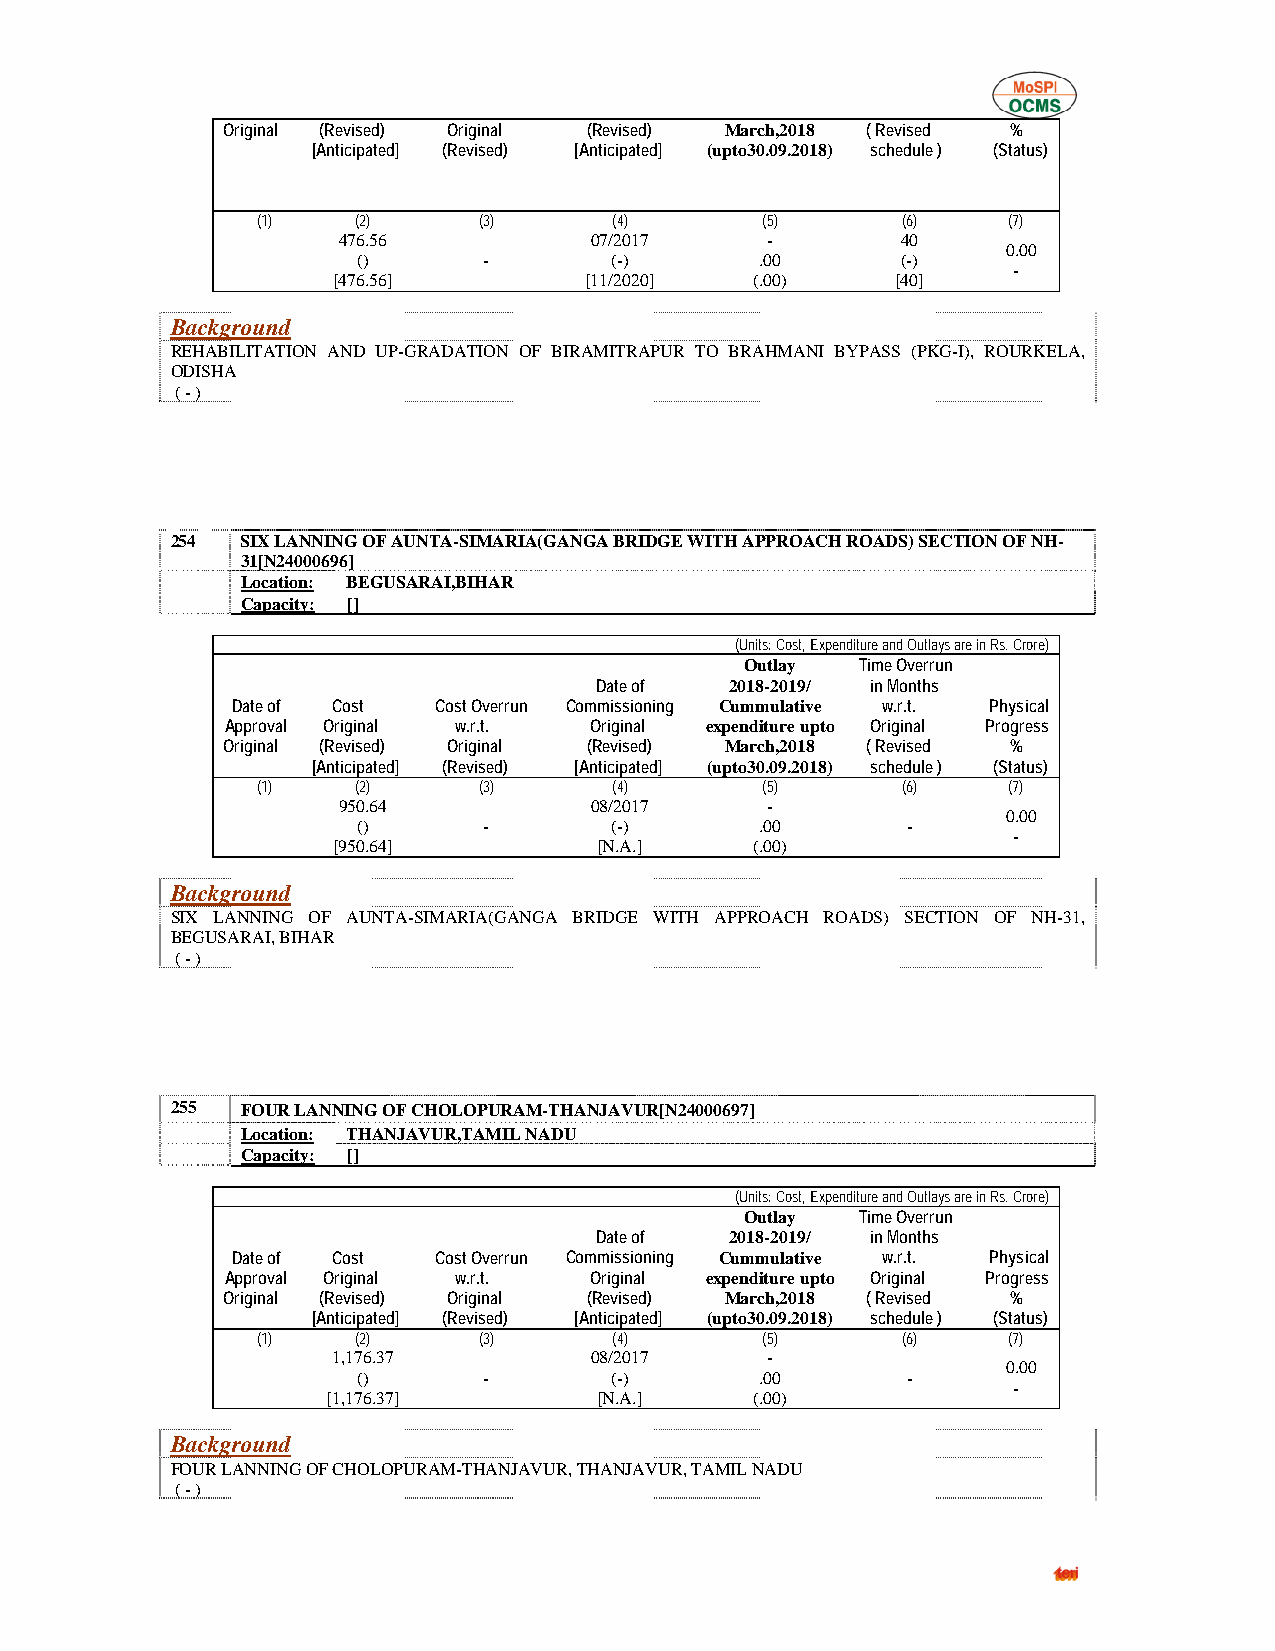
Original (Revised) Original (Revised) March,2018 ( Revised %
 [Anticipated] (Revised) [Anticipated] (upto30.09.2018) schedule ) (Status)
 (1)    (2)     (3)      (4)      (5)       (6)    (7)
 476.56           07/2017     -        40
 0.00
 ()      -       (-)       .00       (-)
 -
 [476.56]         [11/2020]  (.00)    [40]
 Background
 REHABILITATION AND UP-GRADATION OF BIRAMITRAPUR TO BRAHMANI BYPASS (PKG-I), ROURKELA,
 ODISHA
 ( - )
 254  SIX LANNING OF AUNTA-SIMARIA(GANGA BRIDGE WITH APPROACH ROADS) SECTION OF NH-
 31[N24000696]
 Location: BEGUSARAI,BIHAR
 Capacity: []
 (Units: Cost, Expenditure and Outlays are in Rs. Crore)
 Outlay  Time Overrun
 Date of  2018-2019/ in Months
 Date of Cost  Cost Overrun Commissioning Cummulative w.r.t. Physical
 Approval Original w.r.t. Original expenditure upto Original Progress
 Original (Revised) Original (Revised) March,2018 ( Revised %
 [Anticipated] (Revised) [Anticipated] (upto30.09.2018) schedule ) (Status)
 (1)    (2)     (3)      (4)      (5)       (6)    (7)
 950.64           08/2017     -
 0.00
 ()      -       (-)       .00       -
 -
 [950.64]          [N.A.]    (.00)
 Background
 SIX LANNING OF AUNTA-SIMARIA(GANGA BRIDGE WITH APPROACH ROADS) SECTION OF NH-31,
 BEGUSARAI, BIHAR
 ( - )
 255  FOUR LANNING OF CHOLOPURAM-THANJAVUR[N24000697]
 Location: THANJAVUR,TAMIL NADU
 Capacity: []
 (Units: Cost, Expenditure and Outlays are in Rs. Crore)
 Outlay  Time Overrun
 Date of  2018-2019/ in Months
 Date of Cost  Cost Overrun Commissioning Cummulative w.r.t. Physical
 Approval Original w.r.t. Original expenditure upto Original Progress
 Original (Revised) Original (Revised) March,2018 ( Revised %
 [Anticipated] (Revised) [Anticipated] (upto30.09.2018) schedule ) (Status)
 (1)    (2)     (3)      (4)      (5)       (6)    (7)
 1,176.37         08/2017     -
 0.00
 ()      -       (-)       .00       -
 -
 [1,176.37]        [N.A.]    (.00)
 Background
 FOUR LANNING OF CHOLOPURAM-THANJAVUR, THANJAVUR, TAMIL NADU
 ( - )